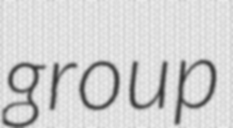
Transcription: group